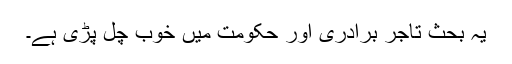
یہ بحث تاجر برادری اور حکومت میں خوب چل پڑی ہے۔